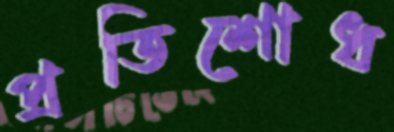
প্রতিশোধ